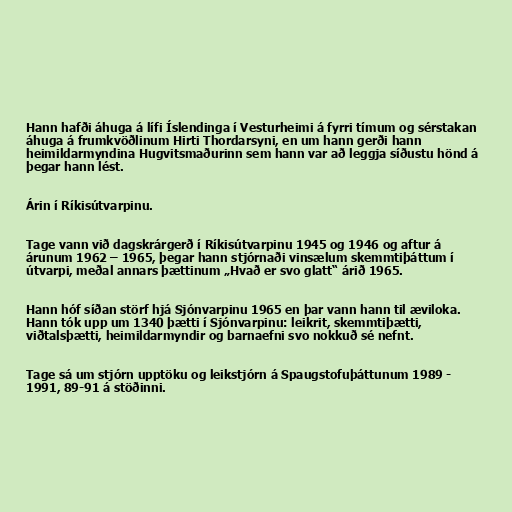
Hann hafði áhuga á lífi Íslendinga í Vesturheimi á fyrri tímum og sérstakan
áhuga á frumkvöðlinum Hirti Thordarsyni, en um hann gerði hann
heimildarmyndina Hugvitsmaðurinn sem hann var að leggja síðustu hönd á
þegar hann lést.

Árin í Ríkisútvarpinu.

Tage vann við dagskrárgerð í Ríkisútvarpinu 1945 og 1946 og aftur á
árunum 1962 – 1965, þegar hann stjórnaði vinsælum skemmtiþáttum í
útvarpi, meðal annars þættinum „Hvað er svo glatt“ árið 1965.

Hann hóf síðan störf hjá Sjónvarpinu 1965 en þar vann hann til æviloka.
Hann tók upp um 1340 þætti í Sjónvarpinu: leikrit, skemmtiþætti,
viðtalsþætti, heimildarmyndir og barnaefni svo nokkuð sé nefnt.

Tage sá um stjórn upptöku og leikstjórn á Spaugstofuþáttunum 1989 -
1991, 89-91 á stöðinni.